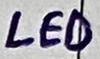
Text: LED